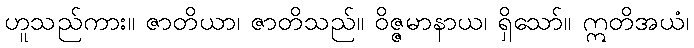
ဟူသည်ကား။ ဇာတိယာ၊ ဇာတိသည်။ ဝိဇ္ဇမာနာယ၊ ရှိသော်။ ဣတိအယံ၊